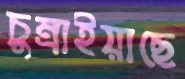
চুম্‌রাইয়াছে